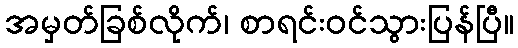
အမှတ်ခြစ်လိုက်၊ စာရင်းဝင်သွားပြန်ပြီ။